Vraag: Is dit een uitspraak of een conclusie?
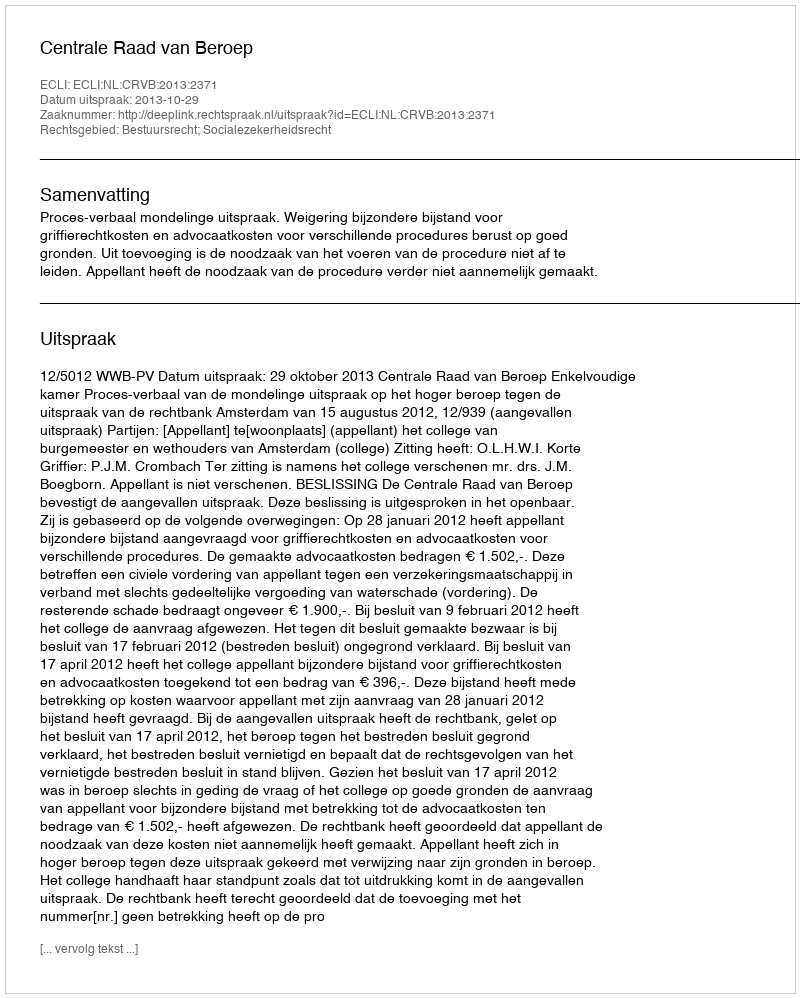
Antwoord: Uitspraak